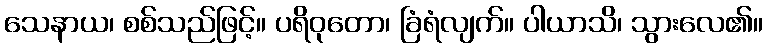
သေနာယ၊ စစ်သည်ဖြင့်။ ပရိဝုတော၊ ခြံရံလျက်။ ပါယာသိ၊ သွားလေ၏။